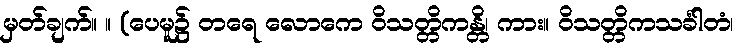
မှတ်ချက်။ ။ (ပေမူ၌ တရေ လောကေ ဝိသတ္တိကန္တိ၊ ကား။ ဝိသတ္တိကသင်္ခါတံ၊